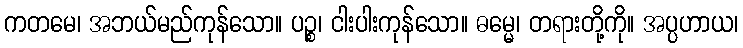
ကတမေ၊ အဘယ်မည်ကုန်သော။ ပဉ္စ၊ ငါးပါးကုန်သော။ ဓမ္မေ၊ တရားတို့ကို။ အပ္ပဟာယ၊